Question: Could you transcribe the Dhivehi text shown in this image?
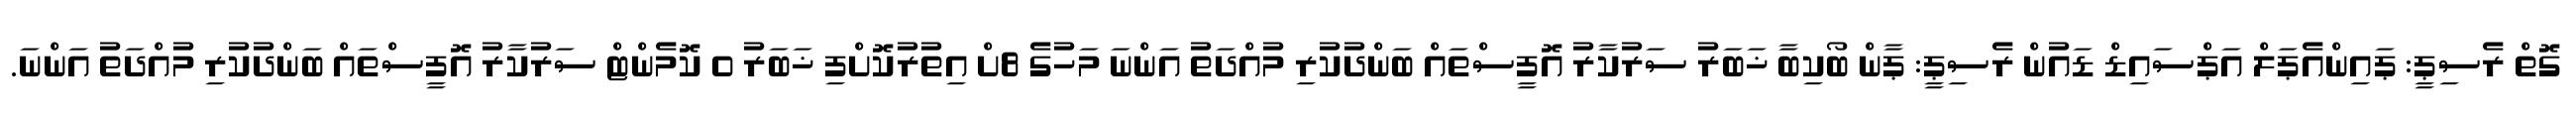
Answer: ގޮތް ރެސިޕީ: ޕައިންއެޕަލް އަޕްސައިޑް ޑައުން ރެސިޕީ: ޕާން ބޯކިބާ ޚަބަރު ސަރުކާރު އޮފީސްތައް ބަންދުކުރި މުއްދަތު އަންނަ މަހުގެ 8ށް އިތުރުކޮށްފި ޚަބަރު 0 ކޮމެންޓް ސަރުކާރު އޮފީސްތައް ބަންދުކުރި މުއްދަތު އަންނަ.